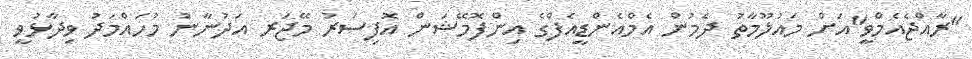
"ރާއްޖެއެމްވީ"އަށް މައުލޫމާތު ދެމުން އެމްއެންޑީއެފްގެ އިންފޮމޭޝަން އޮފިސަރު މޭޖަރ އަދުނާނު މުހައްމަދު ވިދާޅުވީ